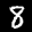
Label: 8